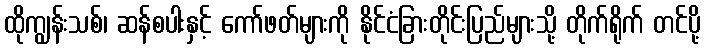
ထိုကျွန်းသစ်၊ ဆန်စပါးနှင့် ကော်ဖတ်များကို နိုင်ငံခြားတိုင်းပြည်များသို့ တိုက်ရိုက် တင်ပို့